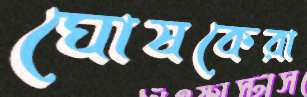
ঘোষকেরা